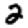
Digit: 2